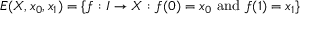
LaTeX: E ( X , x _ { 0 } , x _ { 1 } ) = \{ f : I \to X : f ( 0 ) = x _ { 0 } { \mathrm { ~ a n d ~ } } f ( 1 ) = x _ { 1 } \}